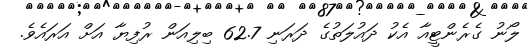
ލޯނު ގެރެންޓީއާ އެކު ދައުލަތުގެ ދަރަނި 62.7 ބިލިއަން ރުފިޔާ އަށް އަރައެވެ.